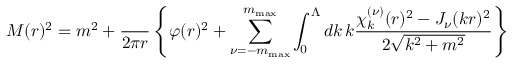
M ( r ) ^ { 2 } = m ^ { 2 } + \frac { \l } { 2 \pi r } \left\{ \varphi ( r ) ^ { 2 } + \sum _ { \nu = - m _ { \mathrm { m a x } } } ^ { m _ { \mathrm { m a x } } } \int _ { 0 } ^ { \Lambda } d k \, k \frac { \chi _ { k } ^ { ( \nu ) } ( r ) ^ { 2 } - J _ { \nu } ( k r ) ^ { 2 } } { 2 \sqrt { k ^ { 2 } + m ^ { 2 } } } \right\}